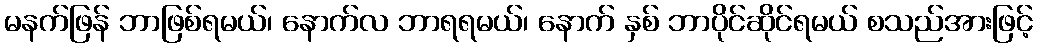
မနက်ဖြန် ဘာဖြစ်ရမယ်၊ နောက်လ ဘာရရမယ်၊ နောက် နှစ် ဘာပိုင်ဆိုင်ရမယ် စသည်အားဖြင့်